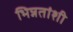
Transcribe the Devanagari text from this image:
भिन्नतांशी